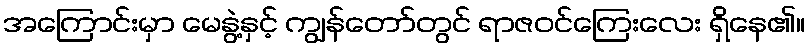
အကြောင်းမှာ မေနွဲ့နှင့် ကျွန်တော်တွင် ရာဇဝင်ကြေးလေး ရှိနေ၏။